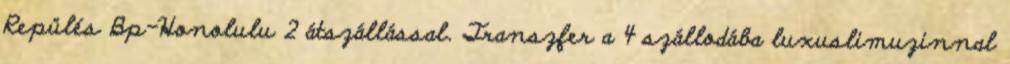
Repülés Bp-Honolulu 2 átszállással. Transzfer a 4 szállodába luxuslimuzinnal